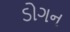
ડોગન